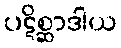
ပဋိစ္ဆာဒါယ